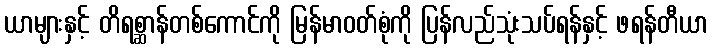
ယာများနှင့် တိရစ္ဆာန်တစ်ကောင်ကို မြန်မာဝတ်စုံကို ပြန်လည်သုံးသပ်ရန်နှင့် ဖရန်တီယာ